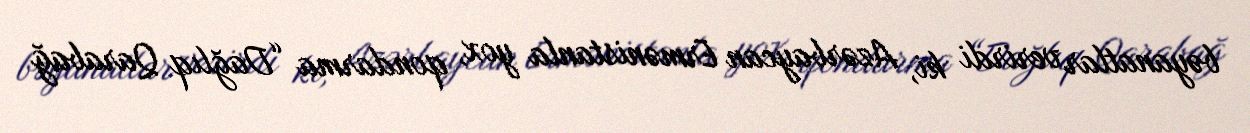
bəyanatlar verirdi ki, Azərbaycan Ermənistanla yox, qondarma “Dağlıq Qarabağ